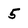
Character: 5